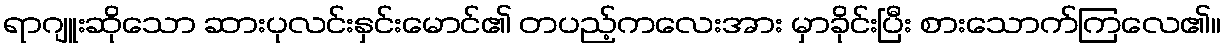
ရာဂျူးဆိုသော ဆားပုလင်းနှင်းမောင်၏ တပည့်ကလေးအား မှာခိုင်းပြီး စားသောက်ကြလေ၏။